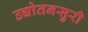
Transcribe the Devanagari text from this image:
उद्योतनसुरी